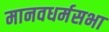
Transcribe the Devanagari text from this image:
मानवधर्मसभा